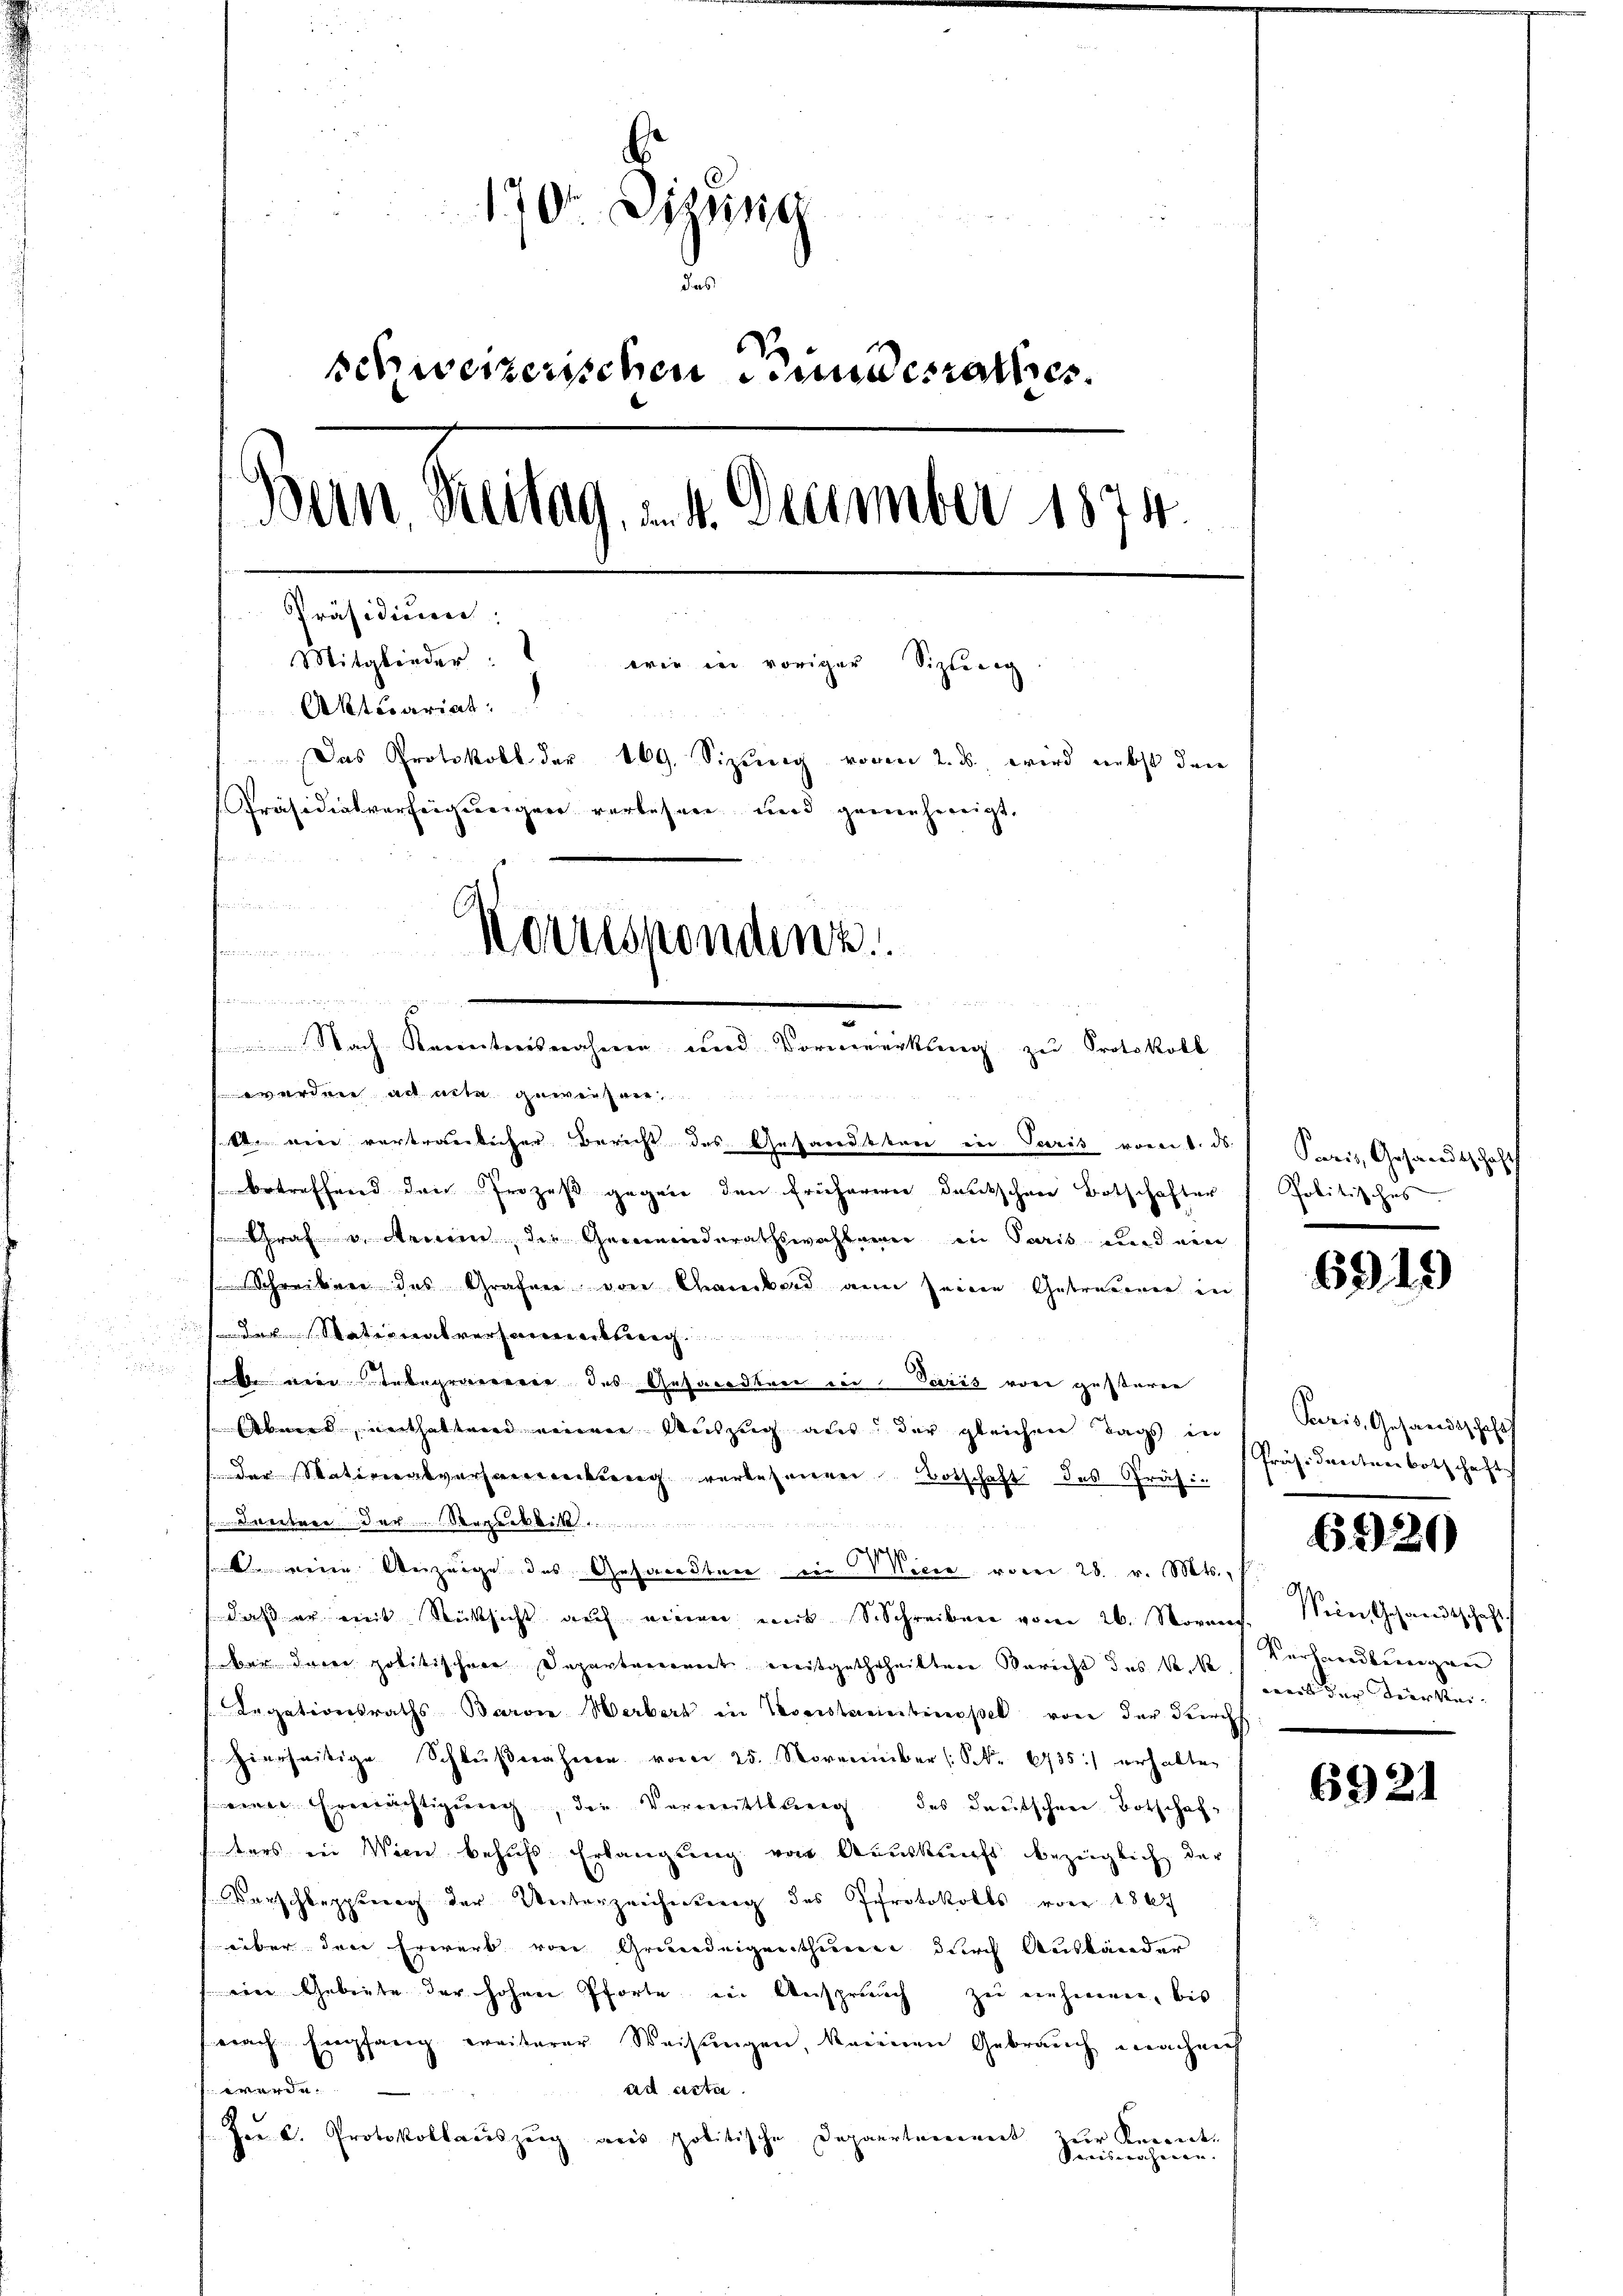
170 dizina
u
das
schweizerischen Bundesrathes.
Bern. Reitag. v. 4. December 1874.
Präsidium.
Mitglieder:
wie in voriger Sizlunig
Aktuariat
Das Protokoll der 169. Sizung vor 2. ds. wird nebst den
Präsidialverfeigungen verlesen und genehmigt.
u
Korrespondenz
echen
.
Nach Kenntnisnahmen und Vormerkung zu Protokoll

a acta gewesen,
sette mir vertraulicher Berecht des Gesandttare in Paris vom 1. ds.
betreffend den Prozeß gegen den früheren deutschen Botschafter
Graf u. ein, die Gemeinderathswahlamer in Paris und nen
Schreiben des Grafner von Chambord an seinen Getreueren in
Deren Nationat veranerklag
u
le eine Integraererer des Gesandten der Paris von gesteren
Aber werthal wird meiner Auszug aus der gleichen Tags in
der Stativeralverhandeckung verlesenen Botschaft des Präsi-
damber der Vergebli
1
 Anzeige des Gesandten in Marie vom 28. v. Mts.,
daß er mit Rücksicht auf einen mit S. Schreiben vom 26. Novaer
ber derer politischere Departarconirt weitgethrheilten Bericht des k.k. Verhandlungen
Legationsraths-Barvie Werbert in Versteinbinopel von der Durch
hierseitige Schlŭβnahmen vom 25. November /: NNo. 6735) erhalten
weren Erwerächtigung, die Vormittlung des deutschen Botschafters in Wien behufs Erlangung von Auskunft bezüglich der
Verschleppte der Unterzeichnung des Protokolls von 1804
über dere Erwerb von Grundeigenthümer durch Ausländer
eine Gebiete der hohen Pforte ein Anspruch zu einherenen, bis
nach Empfang weiterer Weisungen, keinen Gebrauch machens
werden
ad acta.
e
Joe C. Protokollauszeig aus politische Departement zur Kenntn
Kreiserähnen

Paris, Gesandtschaft
Politisches.

6919

Paris, Gesandtschaft
Präsidenten Botschaft.

6920

Wein Gesandtschaft.
weit der Viertei-

6921